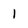
Character: I